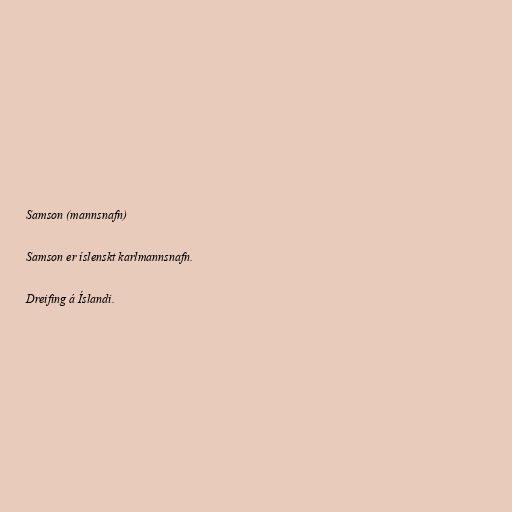
Samson (mannsnafn)

Samson er íslenskt karlmannsnafn.

Dreifing á Íslandi.